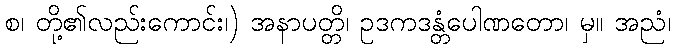
စ၊ တို့၏လည်းကောင်း၊) အနာပတ္တိ၊ ဥဒကဒန္တံပေါဏတော၊ မှ။ အညံ၊